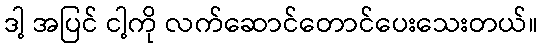
ဒါ့ အပြင် ငါ့ကို လက်ဆောင်တောင်ပေးသေးတယ်။